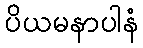
ပိယမနာပါနံ